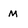
Character: M